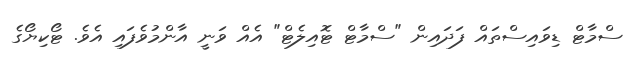
ސްމާޓް ޑިވައިސްތައް ފަދައިން "ސްމާޓް ޓޮއިލެޓް" އެއް ވަނީ އާންމުވެފައި އެވެ. ޓޯކިޔޯގެ